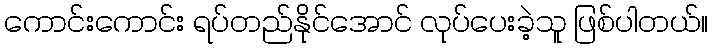
ကောင်းကောင်း ရပ်တည်နိုင်အောင် လုပ်ပေးခဲ့သူ ဖြစ်ပါတယ်။